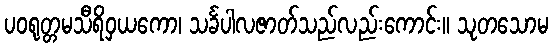
ပဝရုတ္တမသီရိဝှယကော၊ သင်္ခပါလဇာတ်သည်လည်းကောင်း။ သုတသောမ